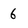
Character: 6